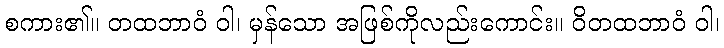
စကား၏။ တထဘာဝံ ဝါ၊ မှန်သော အဖြစ်ကိုလည်းကောင်း။ ဝိတထဘာဝံ ဝါ၊